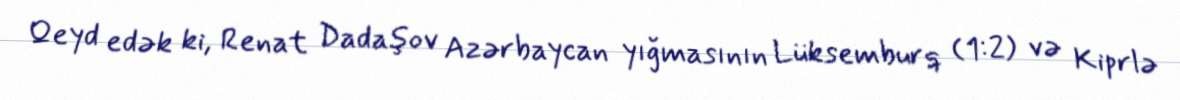
Qeyd edək ki, Renat Dadaşov Azərbaycan yığmasının Lüksemburq (1:2) və Kiprlə